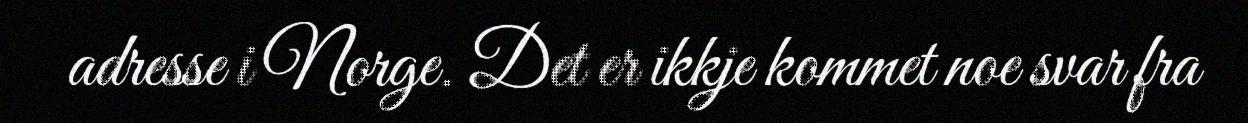
adresse i Norge. Det er ikkje kommet noe svar fra